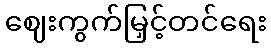
ဈေးကွက်မြှင့်တင်ရေး